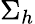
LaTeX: \Sigma_{h}